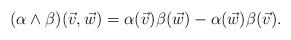
LaTeX: \begin{align*}(\alpha \wedge \beta)(\vec{v},\vec{w}) &= \alpha(\vec{v}) \beta(\vec{w}) - \alpha(\vec{w}) \beta(\vec{v}).\end{align*}